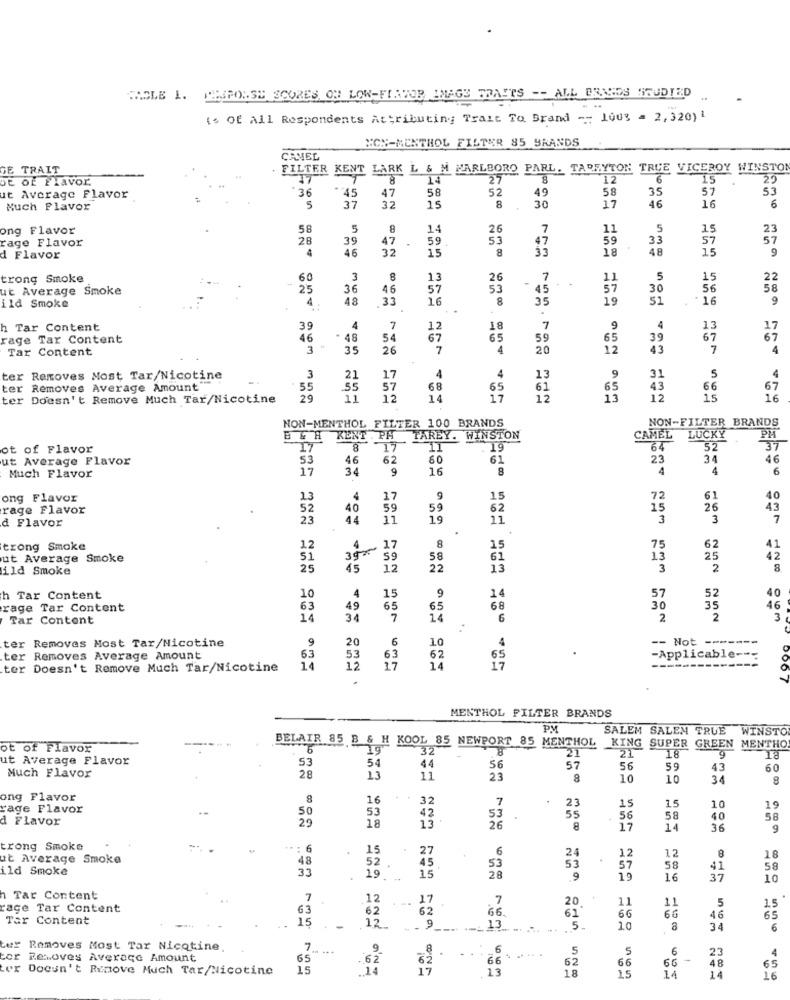
MOLE I. PEPOLSE SCORES ON LOW-FLAVOR IMAGE TRAITS -- ALL BRANDS HRUDIED
is Of All Respondents Attributing Trait To Brand -- 100% = 2,320) 1
NON-MENTHOL FILTER 85 BRANDS
CAMEL
GE TRAIT
FILTER KENT LARK L & M MARLBORO PARL. TARRYTON TRUE VICEROY WINSTON
DE Of Flavor.
14
27
8
12
6
15
25
36
..
45
47
58
52
58
35
57
53
ut Average Flavor
32
8
49
16
Much Flavor
37
15
30
17
46
6
ong Flavor
58
5
8
14
26
7
5
23
rage Flavor
28
39
47
59
53
47
59
33
57
57
4
46
32
8
48
9
d Flavor
15
trong Smoke
60
3
8
13
26
7
11
5
15
22
ut Average Smoke
25
36
46
57
53
45
57
30
56
58
4
48
33
16
8
35
19
51
16
9
ild Smoke
Tar Content
39
4
7
12
18
7
4
13
17
rage Tar Content
46
48
54
67
65
59
65
39
67
67
Tar Content
3
35
26
7
4
20
12
43
7
4
4
4
9
5
4
ter Removes Most Tar/Nicotine
3
21
17
13
31
ter Removes Average Amount"
55
.55
57
68
65
61
65
43
66
67
ter Doesn't Remove Much Tar/Nicotine
29
11
12
14
17
12
13
12
15
16
NON-MENTHOL FILTER 100 BRANDS
NON-FILTER BRANDS
LUCKY
PH
B & H KENT . PA
TAREY.
WINSTON
CAMEL
ot of Flavor
17
8
17
11
19
64
52
37
ut Average Flavor
53
46
62
60
61
23
46
17
34
9
16
8
4
4
6
Much Flavor
ong Flavor
13
4
17
9
15
72
61
40
rage Flavor
52
40
59
59
62
15
26
43
& Flavor
23
44
11
19
11
3
3
7
8
trong Smoke
12
4
17
15
75
62
ut Average Smoke
51
39
59
58
61
13
25
42
ild Smoke
25
45
12
22
13
3
2
8
4
15
9
14
40
h Tar Content
10
57
52
rage Tar Content
63
49
65
65
68
30
35
46
Tar Content
14
7
6
2
2
3
ter Removes Most Tar/Nicotine
9
20
6
10
4
-- Not ----
53
ter Removes Average Amount
63
63
62
65
-Applicable-
ter Doesn't Remove Much Tar/Nicotine
12
17
14
17
.
MENTHOL FILTER BRANDS
PM
SALEM SALEM TRUE WINSTO
ot of Flavor
BELAIR 85 B & H KOOL 85 NEWPORT 85 MENTHOL KING SUPER GREEN MENTHO
6
19'
32
21
18
ut Average Flavor
53
54
44
56
21
9
57
56
59
43
60
Much Flavor
28
11
23
8
10
10
34
8
ong Flavor
16
32
7
rage Flavor
53
53
23
55
15
15
10
19
d Flavor
50
20
18
42
13
26
56
58
40
58
8
17
14
36
9
trong Smoke
: 6
15
27
6
24
ut Average Smoke
48
52
53
12
12
8
18
ild Smoke
3.3
45
15
53
57
58
41
58
19
28
9
1.9
16
37
10
h Tar Content
7
12
17
7
20
11
11
5
race Tar Content
63
62
. ..
46
Tar Content
12
62
66.
61
66
65
. - 9
9
13
5.
10
8
34
6
Removes Most Tar Nicotine,
7
.. ...
6
5
5
6
4
tor
Removes Average Amount
65
.62
66
62
66
23
48
ter Doesn't Remove Much Tar/Nicotine
15
14
13
18
65
1,5
14
16